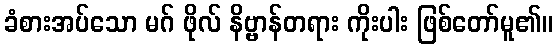
ခံစားအပ်သော မဂ် ဖိုလ် နိဗ္ဗာန်တရား ကိုးပါး ဖြစ်တော်မူ၏။